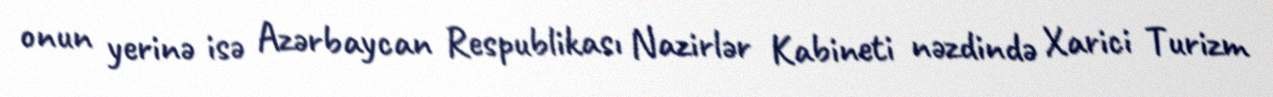
onun yerinə isə Azərbaycan Respublikası Nazirlər Kabineti nəzdində Xarici Turizm